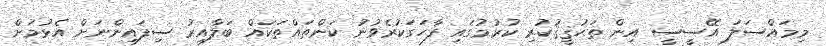
މިމައްސަލަ އޭސީސީ އިން ތަޙުޤީޤުކުރި ކުރުމުގައި ފާހަގަކުރެވުނު ކަންތައްތަކައް ބަލާއިރު ސިފައިންނަށް އެޅުމަށް